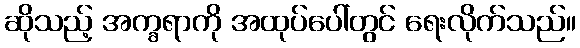
ဆိုသည့် အက္ခရာကို အထုပ်ပေါ်တွင် ရေးလိုက်သည်။